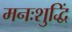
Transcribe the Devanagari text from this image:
मनःशुद्धिं